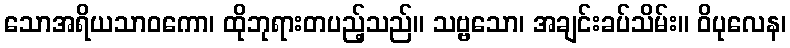
သောအရိယသာဝကော၊ ထိုဘုရားတပည့်သည်။ သဗ္ဗသော၊ အချင်းခပ်သိမ်း။ ဝိပုလေန၊